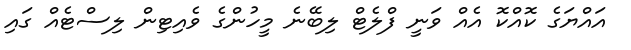
އައްޔަގެ ކޮއްކޮ އެއް ވަނީ ފްލެޓް ލިބޭނެ މީހުންގެ ވެއިޓިން ލިސްޓެއް ގައި